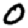
Digit: 0